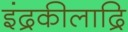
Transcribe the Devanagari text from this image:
इंद्रकीलाद्रि